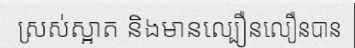
ស្រស់ស្អាត និងមានល្បឿនលឿនបាន